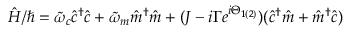
\hat { H } / \hbar = \tilde { \omega } _ { c } \hat { c } ^ { \dagger } \hat { c } + \tilde { \omega } _ { m } \hat { m } ^ { \dagger } \hat { m } + ( J - i \Gamma e ^ { i \Theta _ { 1 ( 2 ) } } ) ( \hat { c } ^ { \dagger } \hat { m } + \hat { m } ^ { \dagger } \hat { c } )